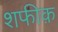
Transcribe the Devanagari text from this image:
शफीक़